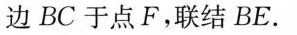
边BC于点F，联结BE。